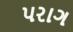
પરાગ